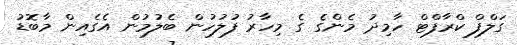
ގަލްފް ކްރާފްޓް ހާމިދު މެންގެ ގެ މިހާރު ފުލުހުން ބެލުމުން އެގެއިން މާބޮޑު